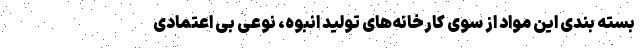
بسته بندی این مواد از سوی کارخانه‌های تولید انبوه، نوعی بی اعتمادی